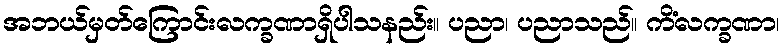
အဘယ်မှတ်ကြောင်းလက္ခဏာရှိပါသနည်း။ ပညာ၊ ပညာသည်။ ကိံလက္ခဏာ၊